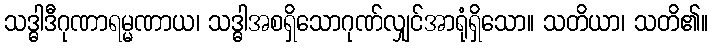
သဒ္ဓါဒီဂုဏာရမ္မဏာယ၊ သဒ္ဓါအစရှိသောဂုဏ်လျှင်အာရုံရှိသော။ သတိယာ၊ သတိ၏။